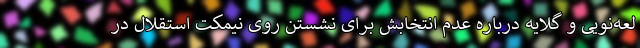
لعه‌نویی و گلایه درباره عدم انتخابش برای نشستن روی نیمکت استقلال در